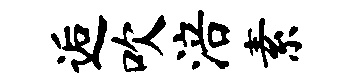
逅吹涪素